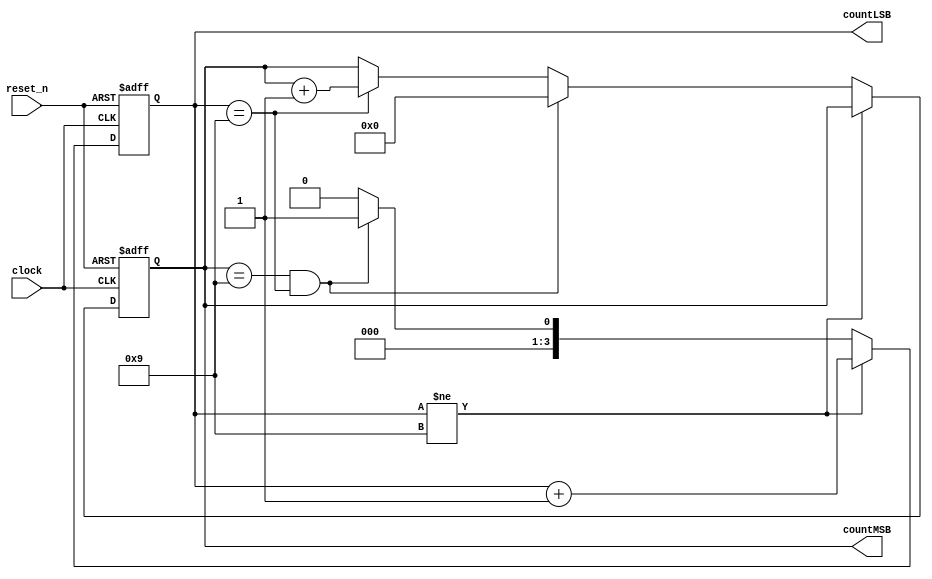
module counterBCD(
    input clock, reset_n,
    output reg [3:0] countLSB, countMSB
    //output wire [7:0] HEX5,HEX4
);


always @(posedge clock, negedge reset_n ) 
begin
    if (reset_n == 0)
        begin
            countLSB <= 1;             // Reset LEB = 1
            countMSB <= 0;             // Reset MSB = 0;
        end
    
    else if (countLSB != 9) 
        begin
            countLSB <= countLSB + 1;       //LSB counter
        end
    else if (countMSB == 9 && countLSB==9 )         // Roll over / same as reset 
        begin
            countLSB <= 1;
            countMSB <= 0;
        end
            
    else
        begin
            if(countLSB == 9)begin              //MSB counter
                    countMSB <= countMSB+1;
                end
            countLSB <=0;                       // When LSB count to 9, roll over
                
               
        end    
end
endmodule